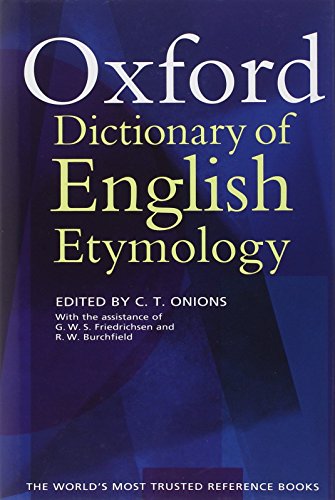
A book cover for The Oxford Dictionary of English Etymology; Reference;